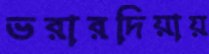
ভরারদিয়ায়